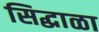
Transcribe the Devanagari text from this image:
सिद्धाळा